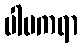
ပါပကရာ